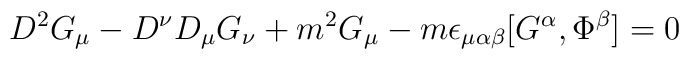
D^2 G_\mu - D^\nu D_\mu G_\nu + m^2 G_\mu -m\epsilon_{\mu\alpha\beta}[G^\alpha,\Phi^\beta]=0